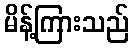
မိန့်ကြားသည်